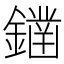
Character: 𨬭